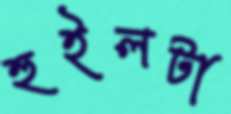
হুইলটা